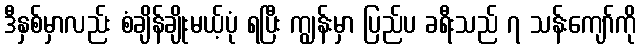
ဒီနှစ်မှာလည်း စံချိန်ချိုးမယ့်ပုံ ရပြီး ကျွန်းမှာ ပြည်ပ ခရီးသည် ၇ သန်းကျော်ကို